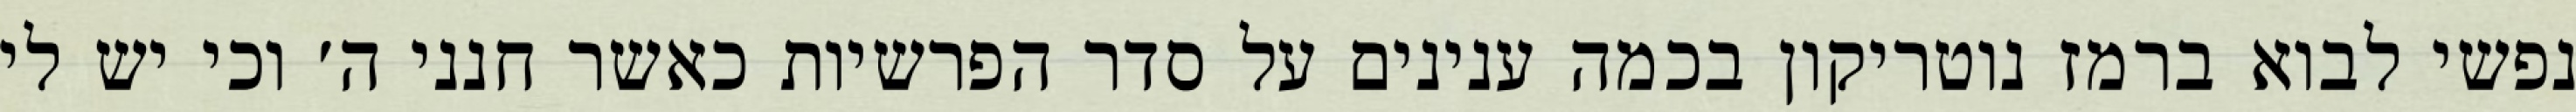
נפשי לבוא ברמז נוטריקון בכמה ענינים על סדר הפרשיות כאשר חנני ה׳ וכי יש לי